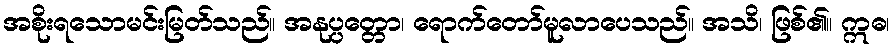
အစိုးရသောမင်းမြတ်သည်။ အနုပ္ပတ္တော၊ ရောက်တော်မူလာပေသည်။ အသိ၊ ဖြစ်၏။ ဣဓ၊